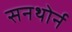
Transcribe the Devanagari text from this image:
सनथोर्न